Document type: Testament
Year: 1300
Scribe: Bonanat d'Esparreguera
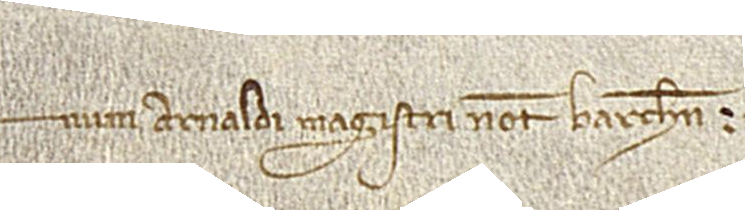
num Arnaldi Magistri, notarii Barchinone.